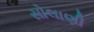
સોલાણી